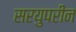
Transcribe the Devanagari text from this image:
सरयुपरीन